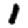
Digit: 1